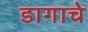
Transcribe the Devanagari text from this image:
डागाचे